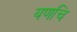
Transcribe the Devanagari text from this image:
यणचि